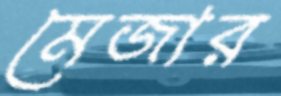
মেজার